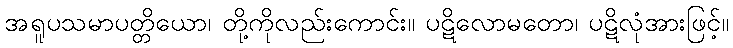
အရူပသမာပတ္တိယော၊ တို့ကိုလည်းကောင်း။ ပဋိလောမတော၊ ပဋိလုံအားဖြင့်။